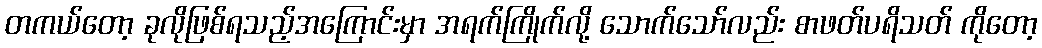
တကယ်တော့ ခုလိုဖြစ်ရသည့်အကြောင်းမှာ အရက်ကြိုက်လို့ သောက်သော်လည်း စာဖတ်ပရိသတ် ကိုတော့